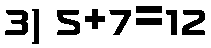
3) 5+7=12